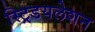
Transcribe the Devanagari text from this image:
स्ट्रिडयलेशन